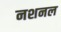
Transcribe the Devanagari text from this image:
नशनल